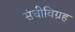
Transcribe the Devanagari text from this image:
संधीविग्रह